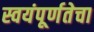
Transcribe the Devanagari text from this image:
स्वयंपूर्णतेचा